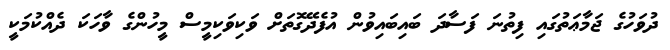
ދުވަހުގެ ޖަމާޢަތުގައި ފިތުނަ ފަސާދަ ބައިބައިވުން އުފެދޭގޮތަށް ވަކިވަކިމީސް މީހުންގެ ވާހަކަ ދެއްކުމަކީ